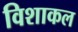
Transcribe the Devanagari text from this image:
विशाकल